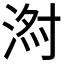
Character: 𱦹